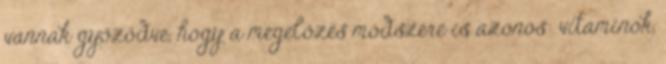
vannak győződve, hogy a megelőzés módszere is azonos: vitaminok,